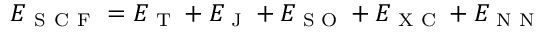
E _ { \mathrm { ~ S ~ C ~ F ~ } } = E _ { \textrm { T } } + E _ { \textrm { J } } + E _ { \textrm { S O } } + E _ { \textrm { X C } } + E _ { \textrm { N N } }